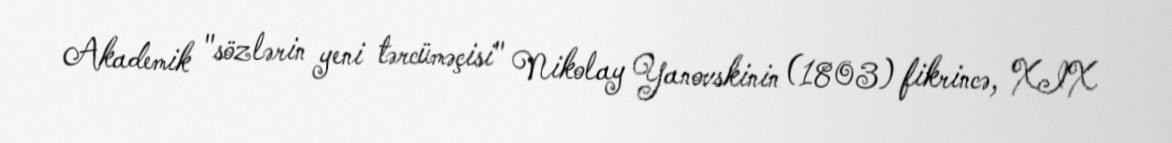
Akademik "sözlərin yeni tərcüməçisi" Nikolay Yanovskinin (1803) fikrincə, XIX